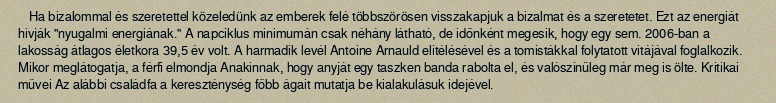
Ha bizalommal és szeretettel közeledünk az emberek felé többszörösen visszakapjuk a bizalmat és a szeretetet. Ezt az energiát hívják "nyugalmi energiának." A napciklus minimumán csak néhány látható, de időnként megesik, hogy egy sem. 2006-ban a lakosság átlagos életkora 39,5 év volt. A harmadik levél Antoine Arnauld elítélésével és a tomistákkal folytatott vitájával foglalkozik. Mikor meglátogatja, a férfi elmondja Anakinnak, hogy anyját egy taszken banda rabolta el, és valószínűleg már meg is ölte. Kritikai művei Az alábbi családfa a kereszténység főbb ágait mutatja be kialakulásuk idejével.